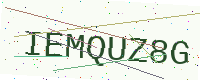
Text: IEMQUZ8G